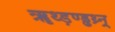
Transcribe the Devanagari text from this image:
ॠथ्ड़ण्ड्ढथ्र्न्र्